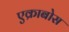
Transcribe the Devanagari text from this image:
एक्राबोस